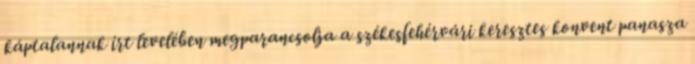
káptalannak írt levelében megparancsolja a székesfehérvári keresztes konvent panasza